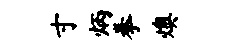
寸炳拳燠